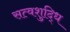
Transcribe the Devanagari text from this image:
सत्वशुद्धि